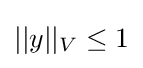
||y||_{V}\leq 1